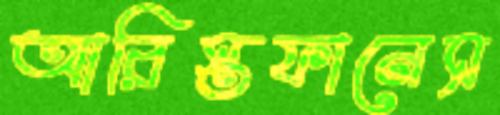
আরিস্তফানেস